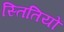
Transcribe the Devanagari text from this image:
स्तितियों